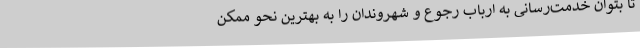
تا بتوان خدمت‌رسانی به ارباب رجوع و شهروندان را به بهترین نحو ممکن